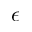
\epsilon